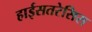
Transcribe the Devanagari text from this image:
हाईसतरेसिस